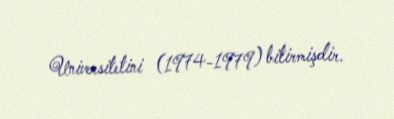
Universitetini (1974-1979) bitirmişdir.